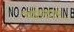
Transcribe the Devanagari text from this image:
वारदार